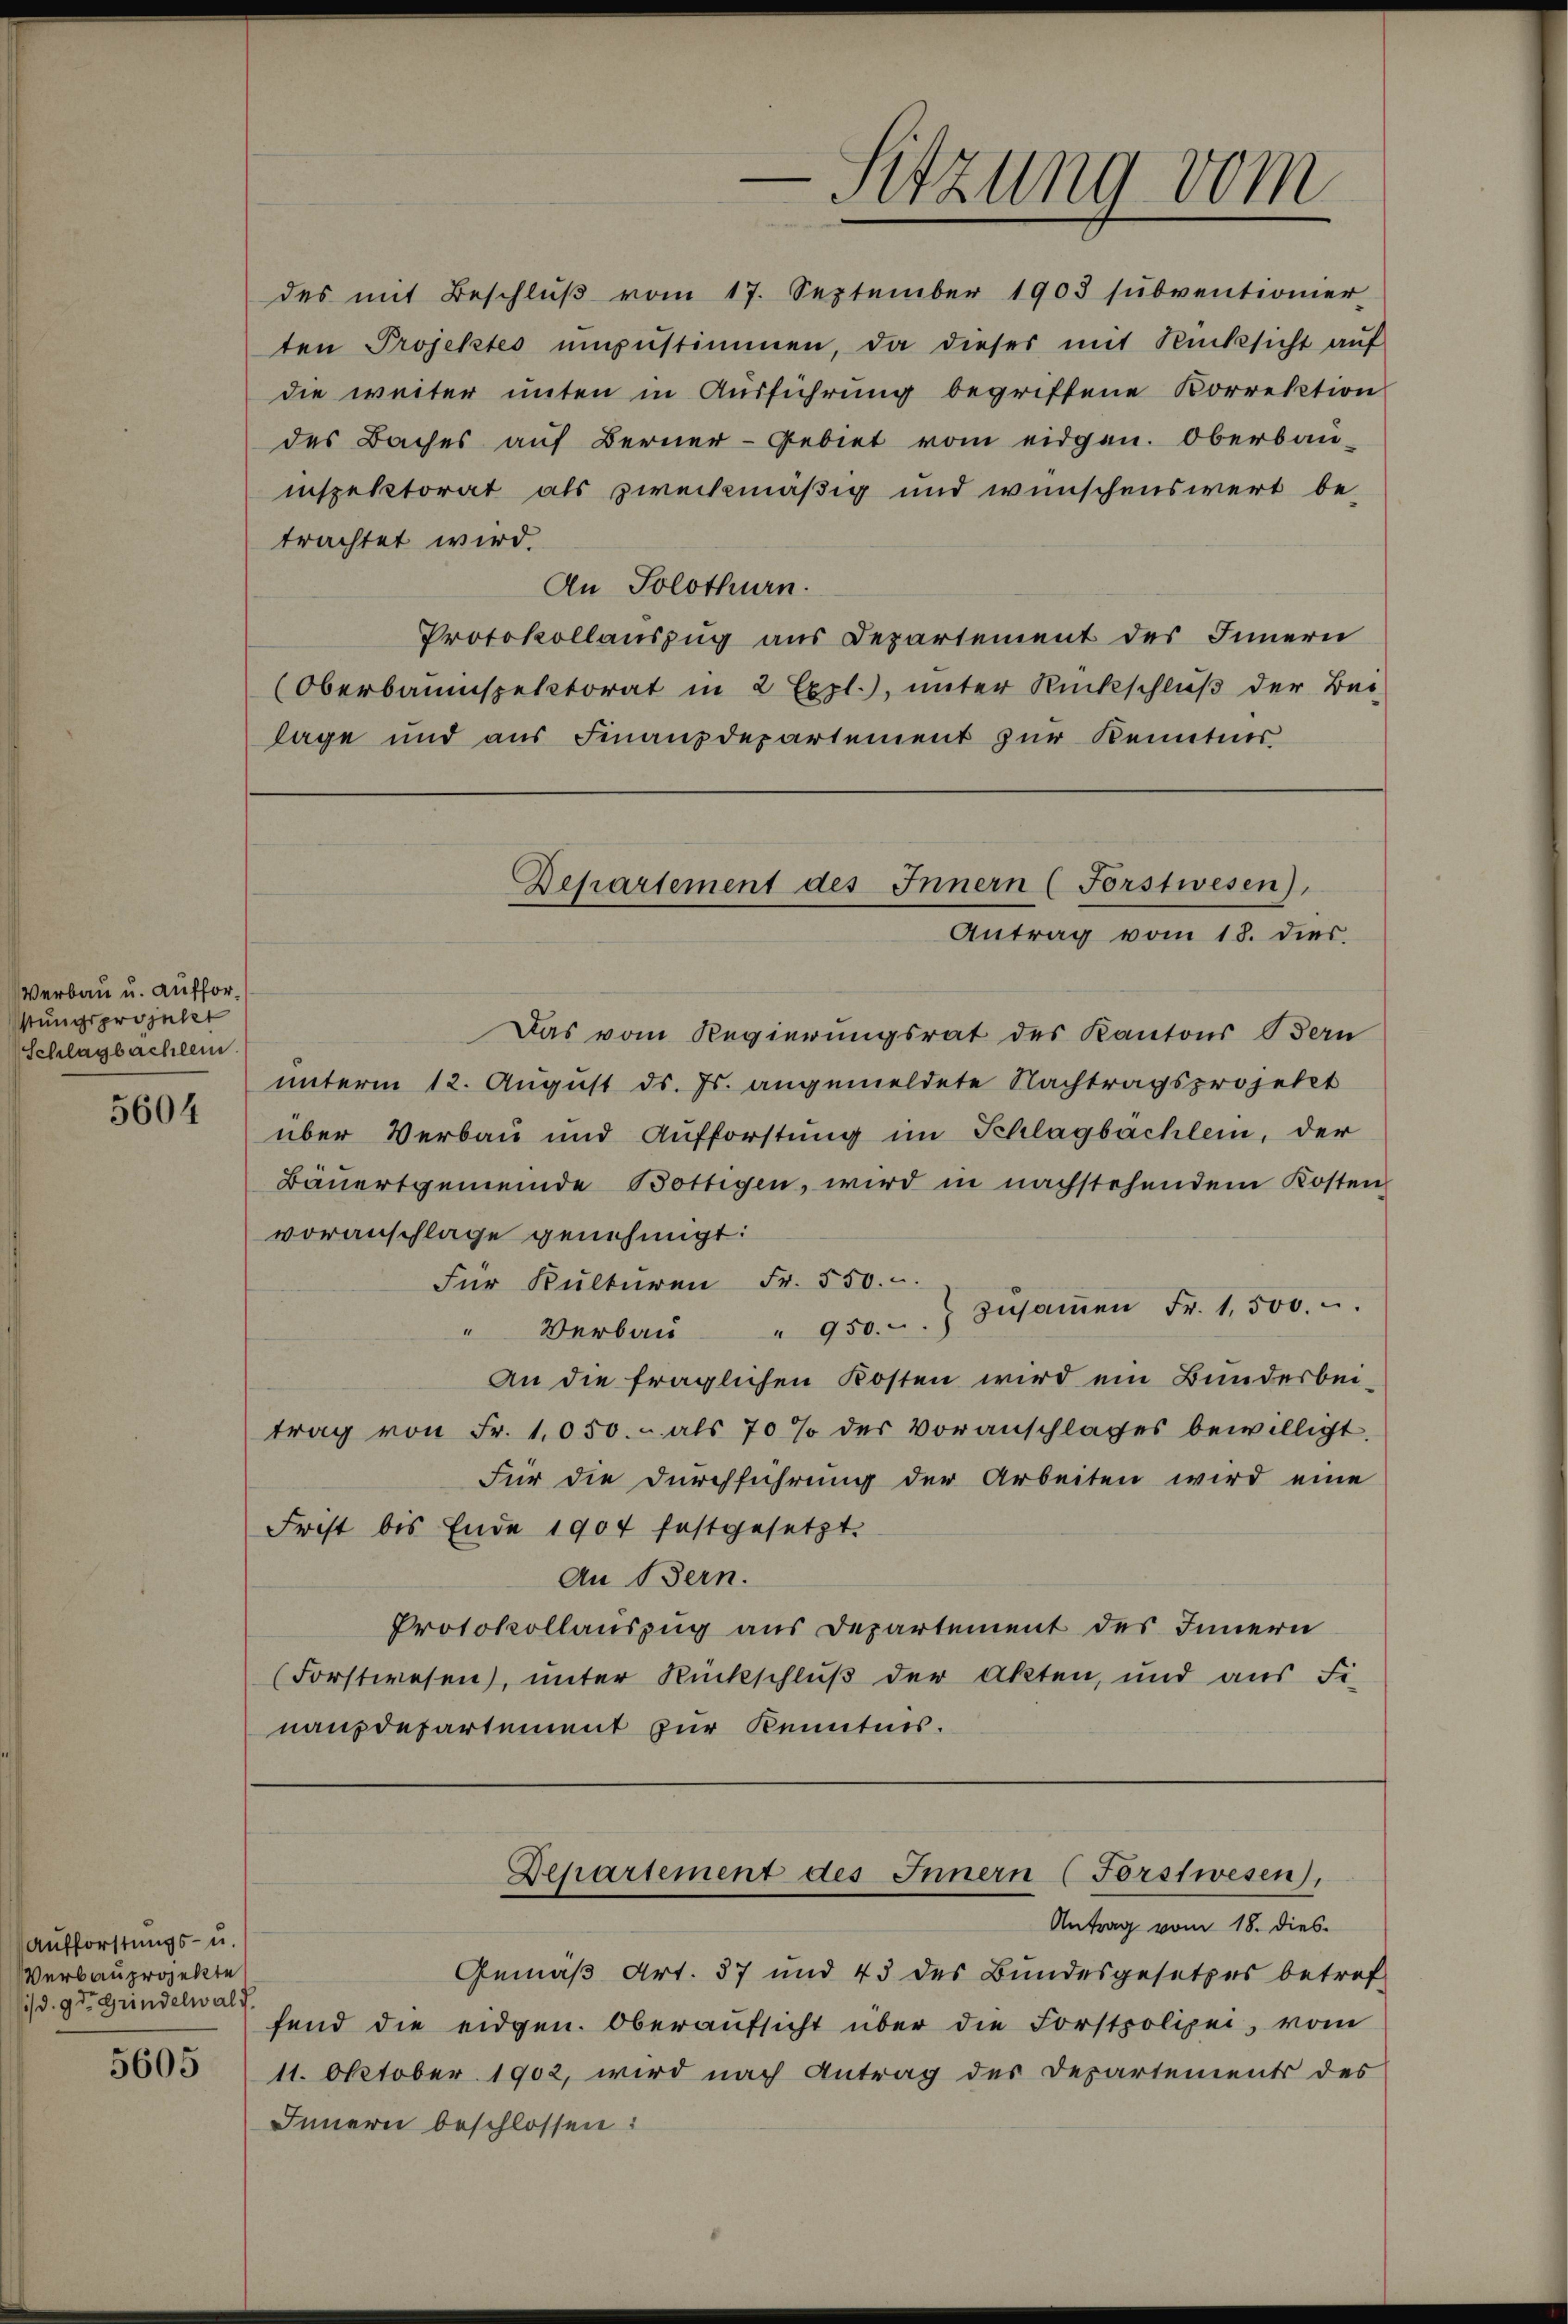
Verbau u. aufforstungsprojekt
(Schlagbachten

5604

Aufforstungs- u.
Verbauprojekte
/d. 9. d. Grindelwald
5605

des Baches auf Berner-Gebiet vom eidgen. Oberbau-
inspektorat als zweckmäßig und wünschenswert be-
trachtet wird.
An Solothurn.
Protokollauszug aus Departement des Innern
(Oberbauinspektorat in 2 Expl.), unter Rückschluß der Bei-
lage und aus Finanzdepartement zur Kenntnis

Das vom Regierungsrat des Kantons Bern
unterm 12. August ds. Js. angemeldete Nachtragsprojekt
über Verbau und Aufforstung im Schlagbachlein, der
Bäuertgemeinde Bottigen, wird in nachstehendem Kosten
voranschlage genehmigt:
Für Kulturen Fr. 550.
" 950.- zŭsaṁen Fr. 1,500. u.
" Verbau
An die fraglichen Kosten wird ein Bundesbeitrag von Fr. 1050. - als 70 % der Voranschlages bewilligt.
Für die Durchführung der Arbeiten wird eine
Frist bis Ende 1904 festgesetzt.
An Bern.
Protokollauszug aus Departement des Innern
(Forstwesen), unter Rückschluß der Akten, und aus Fi-
nanzdepartement zur Kenntnis.

des mit Beschlŭβ vom 17. September 1903 sŭbventionier-
ten Projektes ŭmzŭstimmen, da dieses mit Rücksicht auf
die weiter unten in Ausführung begriffene Korrektion

—
Sitzung vom

Departement des Innern (Forstwesen).
Antrag vom 18. dies

Departement des Innern (Forstwesen),

Antrag vom 18. dies
Gemäß Art. 87 und 43 des Bundesgesetzes betref
fend die eidgen. Oberaufsicht über die Forstpolizei, vom
11. Oktober 1902, wird nach Antrag des Departements des
Innern beschlossen: